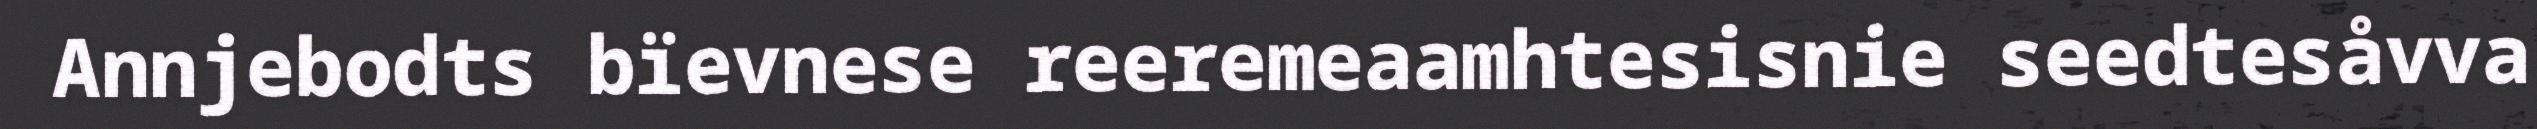
Annjebodts bïevnese reeremeaamhtesisnie seedtesåvva